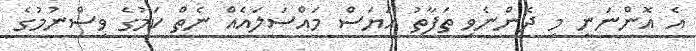
އެ އޮންނަނީ މި ދެންނެވި ތަފާތު އަޔަސް މައްސަލައެއް ނެތް ކަމުގެ ވިސްނުމުގެ